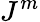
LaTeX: J^{m}